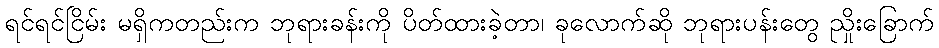
ရင်ရင်ငြိမ်း မရှိကတည်းက ဘုရားခန်းကို ပိတ်ထားခဲ့တာ၊ ခုလောက်ဆို ဘုရားပန်းတွေ ညှိုးခြောက်